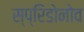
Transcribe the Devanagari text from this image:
स्प्रिडोनोव